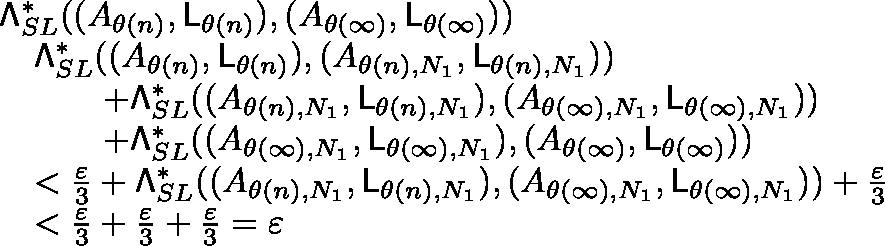
\begin{array} { r l } & { { \mathsf { \Lambda } _ { S L } ^ { \ast } } ( ( { \mathfrak { A } } _ { \theta ( n ) } , { \mathsf { L } } _ { \theta ( n ) } ) , ( { \mathfrak { A } } _ { \theta ( \infty ) } , { \mathsf { L } } _ { \theta ( \infty ) } ) ) } \\ & { \quad \leqslant { \mathsf { \Lambda } _ { S L } ^ { \ast } } ( ( { \mathfrak { A } } _ { \theta ( n ) } , { \mathsf { L } } _ { \theta ( n ) } ) , ( { \mathfrak { A } } _ { \theta ( n ) , N _ { 1 } } , { \mathsf { L } } _ { \theta ( n ) , N _ { 1 } } ) ) } \\ & { \quad \quad \quad + { \mathsf { \Lambda } _ { S L } ^ { \ast } } ( ( { \mathfrak { A } } _ { \theta ( n ) , N _ { 1 } } , { \mathsf { L } } _ { \theta ( n ) , N _ { 1 } } ) , ( { \mathfrak { A } } _ { \theta ( \infty ) , N _ { 1 } } , { \mathsf { L } } _ { \theta ( \infty ) , N _ { 1 } } ) ) } \\ & { \quad \quad \quad + { \mathsf { \Lambda } _ { S L } ^ { \ast } } ( ( { \mathfrak { A } } _ { \theta ( \infty ) , N _ { 1 } } , { \mathsf { L } } _ { \theta ( \infty ) , N _ { 1 } } ) , ( { \mathfrak { A } } _ { \theta ( \infty ) } , { \mathsf { L } } _ { \theta ( \infty ) } ) ) } \\ & { \quad < \frac { \varepsilon } { 3 } + { \mathsf { \Lambda } _ { S L } ^ { \ast } } ( ( { \mathfrak { A } } _ { \theta ( n ) , N _ { 1 } } , { \mathsf { L } } _ { \theta ( n ) , N _ { 1 } } ) , ( { \mathfrak { A } } _ { \theta ( \infty ) , N _ { 1 } } , { \mathsf { L } } _ { \theta ( \infty ) , N _ { 1 } } ) ) + \frac { \varepsilon } { 3 } } \\ & { \quad < \frac { \varepsilon } { 3 } + \frac { \varepsilon } { 3 } + \frac { \varepsilon } { 3 } = \varepsilon } \end{array}